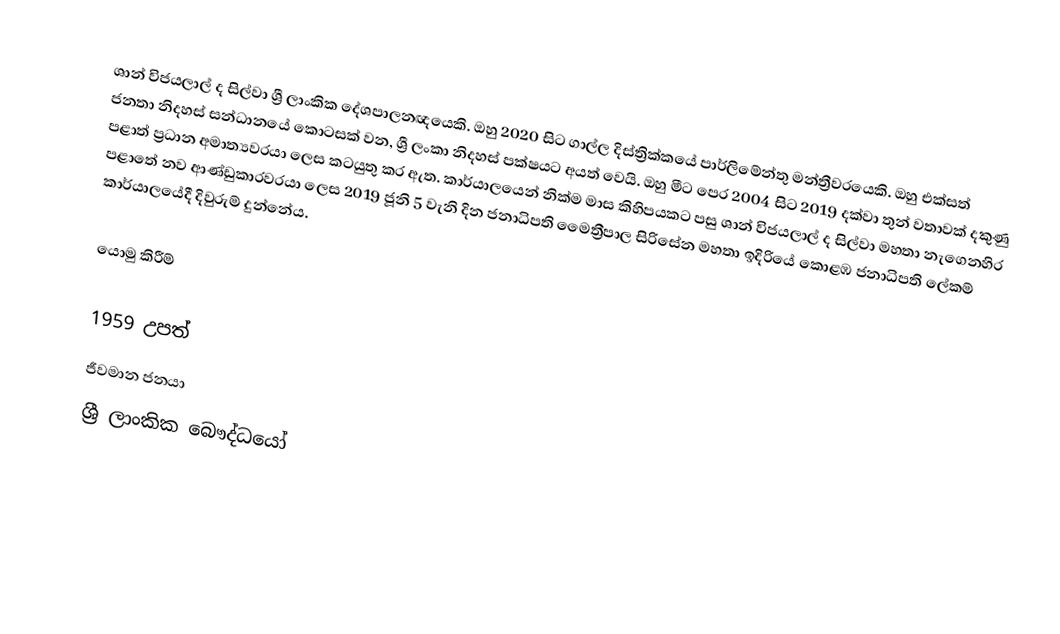
ශාන් විජයලාල් ද සිල්වා ශ්‍රී ලාංකික දේශපාලනඥයෙකි. ඔහු 2020 සිට ගාල්ල දිස්ත්‍රික්කයේ පාර්ලිමේන්තු මන්ත්‍රීවරයෙකි. ඔහු එක්සත් ජනතා නිදහස් සන්ධානයේ කොටසක් වන, ශ්‍රී ලංකා නිදහස් පක්ෂයට අයත් වෙයි.    ඔහු මීට පෙර 2004 සිට 2019 දක්වා තුන් වතාවක් දකුණු පළාත් ප්‍රධාන අමාත්‍යවරයා ලෙස කටයුතු කර ඇත. කාර්යාලයෙන් නික්ම මාස කිහිපයකට පසු ශාන් විජයලාල් ද සිල්වා මහතා නැගෙනහිර පළාතේ නව ආණ්ඩුකාරවරයා ලෙස 2019 ජූනි 5 වැනි දින ජනාධිපති මෛත්‍රීපාල සිරිසේන මහතා ඉදිරියේ කොළඹ ජනාධිපති ලේකම් කාර්යාලයේදී දිවුරුම් දුන්නේය.

යොමු කිරීම්

1959 උපත්
ජීවමාන ජනයා
ශ්‍රී ලාංකික බෞද්ධයෝ